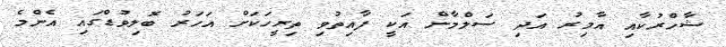
ޝާހްރުކާއި އާމިރު އަދި ސަލްމާން އަކީ ފާއިތުވި ތިރީހަކަށް އަހަރު ބޮލިވުޑްގައި އެންމެ